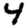
Digit: 4